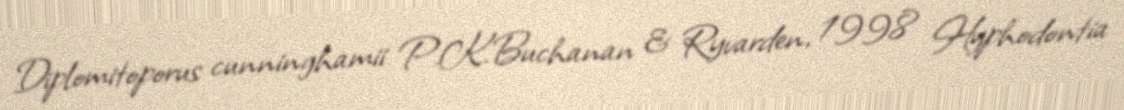
Diplomitoporus cunninghamii P.K.Buchanan & Ryvarden, 1998 Hyphodontia